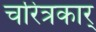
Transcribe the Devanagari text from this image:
चरित्रकार्